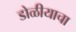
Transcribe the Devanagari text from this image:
डोळीयाचा